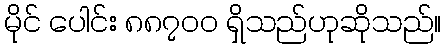
မိုင် ပေါင်း ၈၈၇၀၀ ရှိသည်ဟုဆိုသည်။